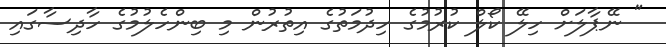
" ނޭޕާލަށް ހިލޭ ކޯލް ކުރުމުގެ ހިދުމަތުގެ އިތުރުން މި ބިންހެލުމުގެ ހާދިސާގައި